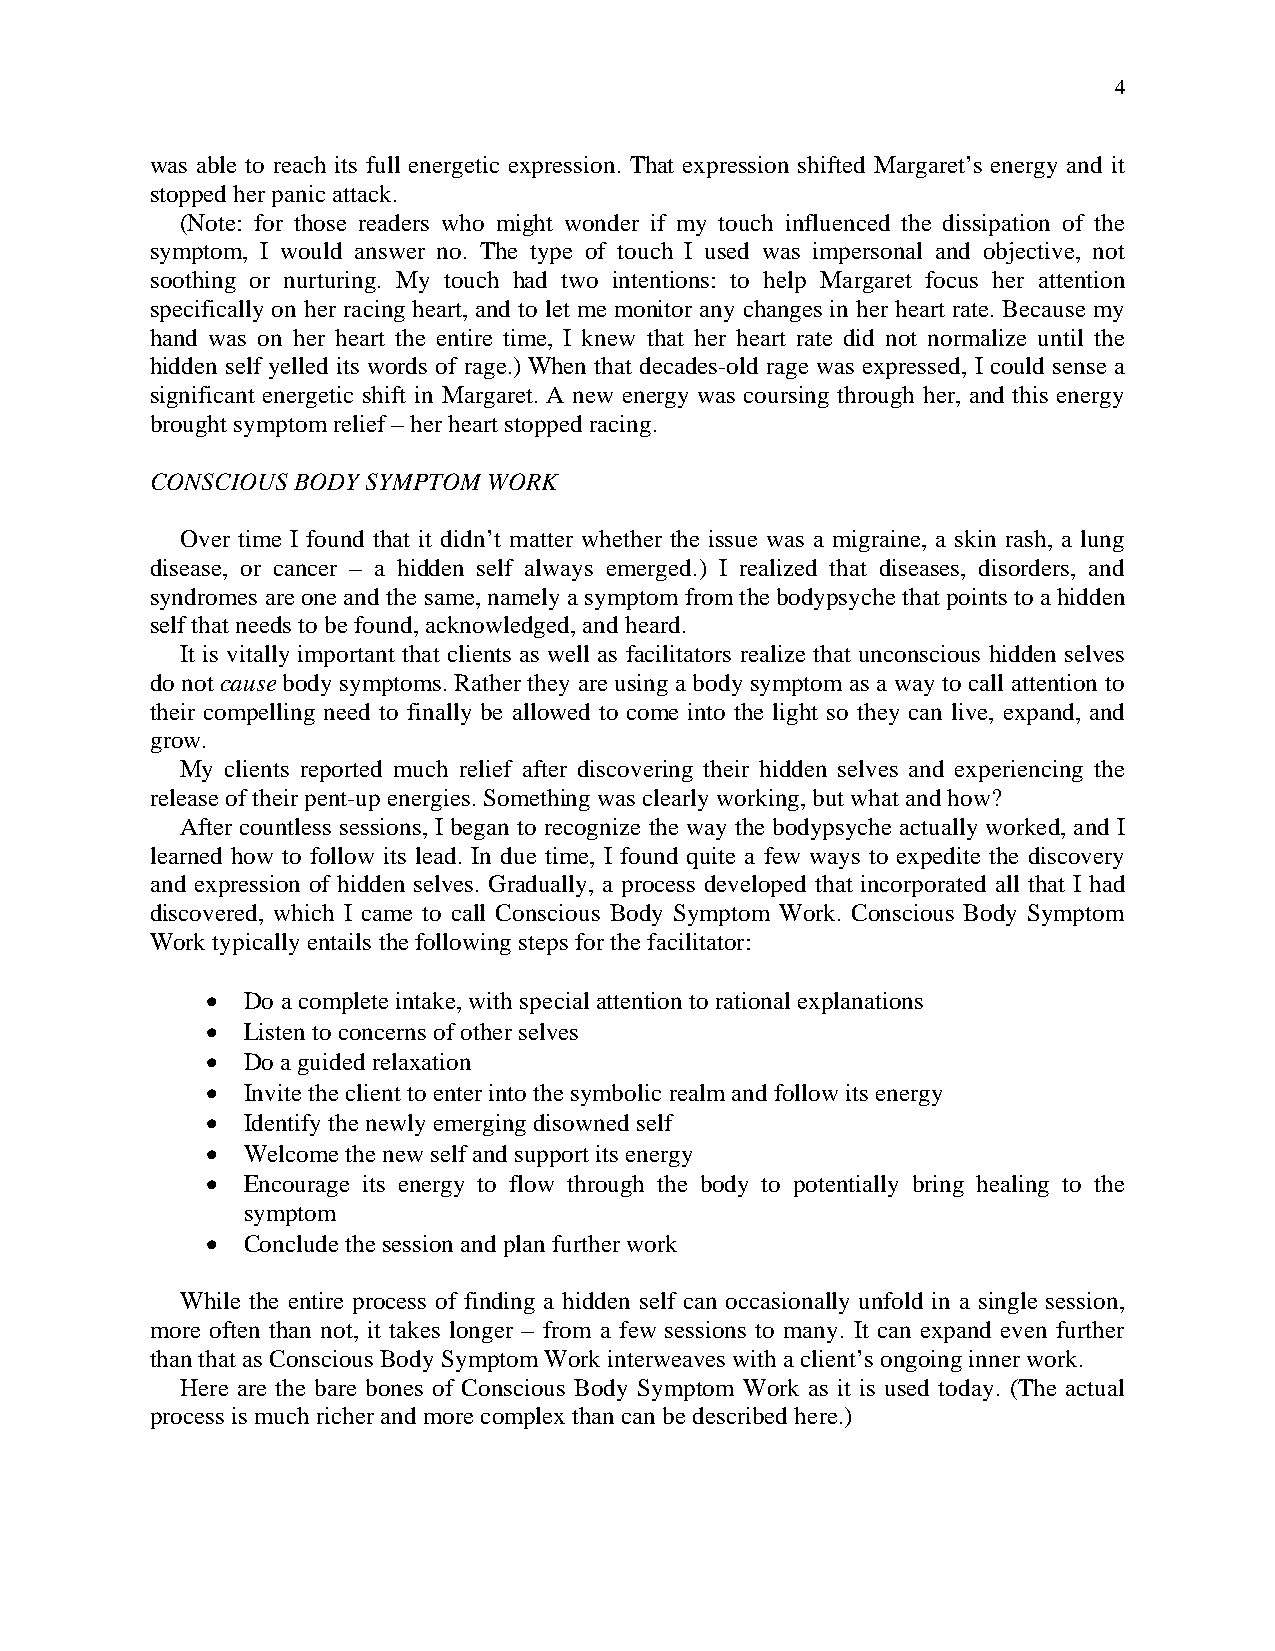
4
 was able to reach its full energetic expression. That expression shifted Margaret’s energy and it
 stopped her panic attack.
 (Note: for those readers who might wonder if my touch influenced the dissipation of the
 symptom, I would answer no. The type of touch I used was impersonal and objective, not
 soothing or nurturing. My touch had two intentions: to help Margaret focus her attention
 specifically on her racing heart, and to let me monitor any changes in her heart rate. Because my
 hand was on her heart the entire time, I knew that her heart rate did not normalize until the
 hidden self yelled its words of rage.) When that decades-old rage was expressed, I could sense a
 significant energetic shift in Margaret. A new energy was coursing through her, and this energy
 brought symptom relief – her heart stopped racing.
 CONSCIOUS BODY SYMPTOM WORK
 Over time I found that it didn’t matter whether the issue was a migraine, a skin rash, a lung
 disease, or cancer – a hidden self always emerged.) I realized that diseases, disorders, and
 syndromes are one and the same, namely a symptom from the bodypsyche that points to a hidden
 self that needs to be found, acknowledged, and heard.
 It is vitally important that clients as well as facilitators realize that unconscious hidden selves
 do not cause body symptoms. Rather they are using a body symptom as a way to call attention to
 their compelling need to finally be allowed to come into the light so they can live, expand, and
 grow.
 My clients reported much relief after discovering their hidden selves and experiencing the
 release of their pent-up energies. Something was clearly working, but what and how?
 After countless sessions, I began to recognize the way the bodypsyche actually worked, and I
 learned how to follow its lead. In due time, I found quite a few ways to expedite the discovery
 and expression of hidden selves. Gradually, a process developed that incorporated all that I had
 discovered, which I came to call Conscious Body Symptom Work. Conscious Body Symptom
 Work typically entails the following steps for the facilitator:
  Do a complete intake, with special attention to rational explanations
  Listen to concerns of other selves
  Do a guided relaxation
  Invite the client to enter into the symbolic realm and follow its energy
  Identify the newly emerging disowned self
  Welcome the new self and support its energy
  Encourage its energy to flow through the body to potentially bring healing to the
 symptom
  Conclude the session and plan further work
 While the entire process of finding a hidden self can occasionally unfold in a single session,
 more often than not, it takes longer – from a few sessions to many. It can expand even further
 than that as Conscious Body Symptom Work interweaves with a client’s ongoing inner work.
 Here are the bare bones of Conscious Body Symptom Work as it is used today. (The actual
 process is much richer and more complex than can be described here.)